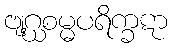
ဗျဂ္ဃစမ္မပရိက္ခဋာ